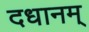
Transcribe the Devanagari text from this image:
दधानम्